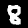
Digit: 8